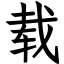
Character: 载